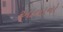
આતાનો